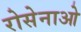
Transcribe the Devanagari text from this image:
रोसेनाओ